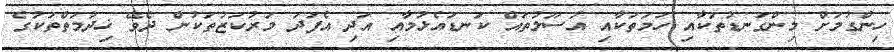
ހިންގުމަށް މިންގަނޑުތަކާއި ހަމަތަކާއި އުސޫލުތައް ކަނޑައެޅުމާއި އަދި އެފަދަ މަރުކަޒުތަކުން ދެވޭ ޚިދުމަތްތަކުގެ